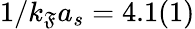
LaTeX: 1/k_{\mathfrak{F}}a_{s}=4.1(1)